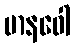
မာနဝေါ